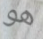
هو